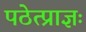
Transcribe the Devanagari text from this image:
पठेत्प्राज्ञः